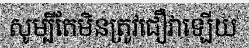
សូម្បីតែមិនត្រូវជឿវាឡើយ